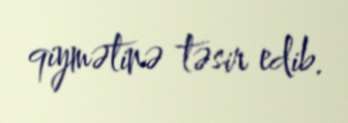
qiymətinə təsir edib.